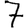
Digit: 7